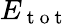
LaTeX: E_{\mathrm{~t~o~t~}}